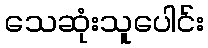
သေဆုံးသူပေါင်း